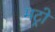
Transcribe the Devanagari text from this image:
मट्रो